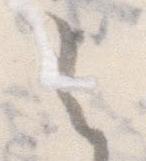
く